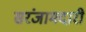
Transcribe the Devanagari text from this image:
सरंजामदारी